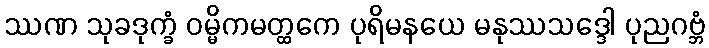
ဿဏ သုခဒုက္ခံ ဝမ္မိကမတ္ထကေ ပုရိမနယေ မနုဿသဒ္ဒေါ ပုညဂဗ္ဘံ